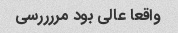
واقعا عالی بود مررررسی